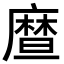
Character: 𪪤